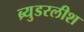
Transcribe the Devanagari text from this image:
ब्र्युडरलीश